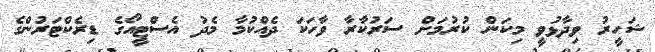
ޝަހީރު ވިދާޅުވީ މިކަން ކުރުމަށް ސަރުކާރާ ވާހަކަ ދެއްކުމާ މެދު އެސްޓީއޯގެ ޑިރެކްޓަރުންގެ